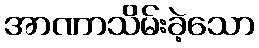
အာဏာသိမ်းခဲ့သော